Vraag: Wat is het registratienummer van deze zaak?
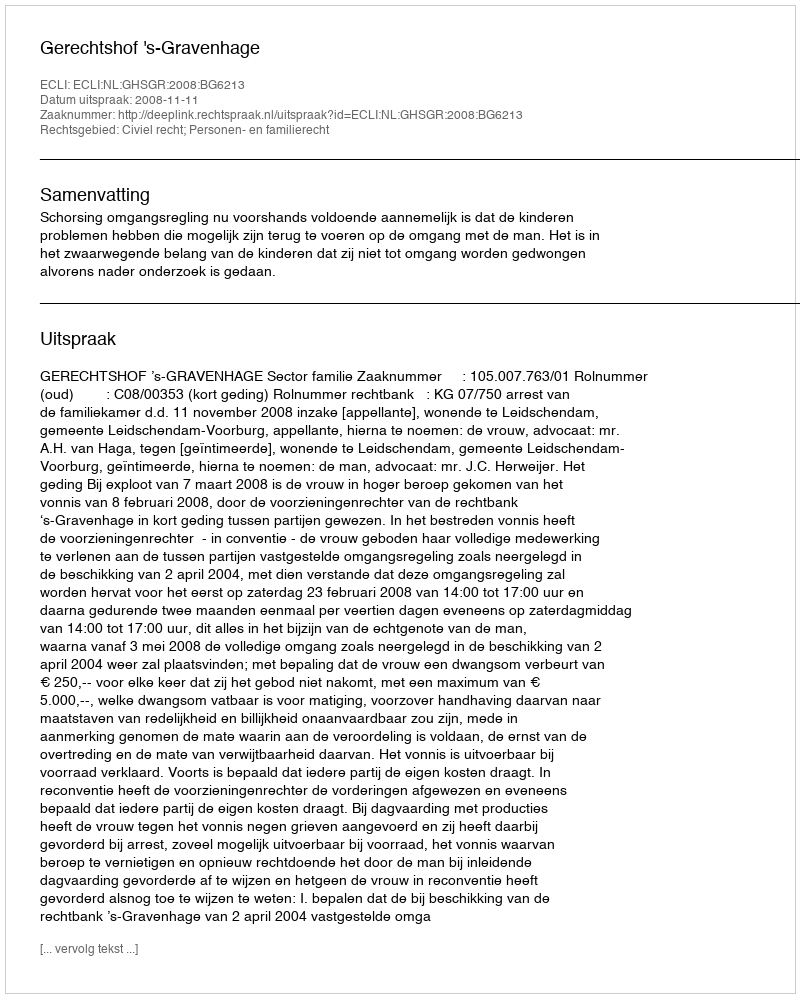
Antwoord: http://deeplink.rechtspraak.nl/uitspraak?id=ECLI:NL:GHSGR:2008:BG6213